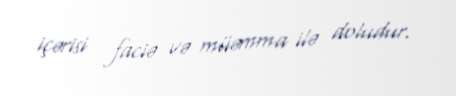
içərisi faciə və müəmma ilə doludur.